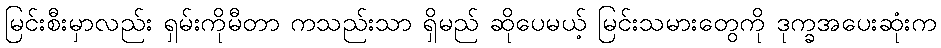
မြင်းစီးမှာလည်း ရှမ်းကိုမီတာ ကသည်းသာ ရှိမည် ဆိုပေမယ့် မြင်းသမားတွေကို ဒုက္ခအပေးဆုံးက